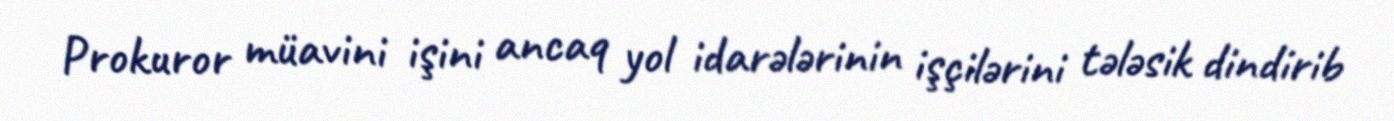
Prokuror müavini işini ancaq yol idarələrinin işçilərini tələsik dindirib